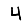
Digit: 4